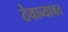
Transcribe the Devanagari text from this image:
ठेवाव्यावत